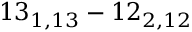
1 3 _ { 1 , 1 3 } - 1 2 _ { 2 , 1 2 }